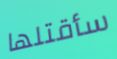
سأقتلها